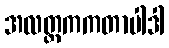
အလတ္တကကတာပါဒါ